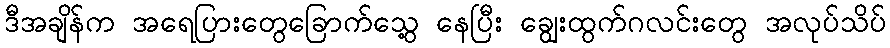
ဒီအချိန်က အရေပြားတွေခြောက်သွေ့ နေပြီး ချွေးထွက်ဂလင်းတွေ အလုပ်သိပ်